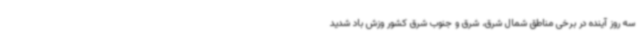
سه روز آینده در برخی مناطق شمال شرق، شرق و جنوب شرق کشور وزش باد شدید